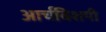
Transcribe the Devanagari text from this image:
आर्चबिशपी